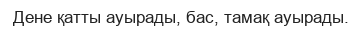
Дене қатты ауырады, бас, тамақ ауырады.